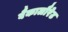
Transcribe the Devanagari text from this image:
बैकालौरेट